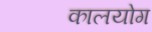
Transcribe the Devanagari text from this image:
कालयोग